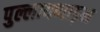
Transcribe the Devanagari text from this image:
पुल्लायप्पाड़म